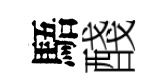
䮏醆